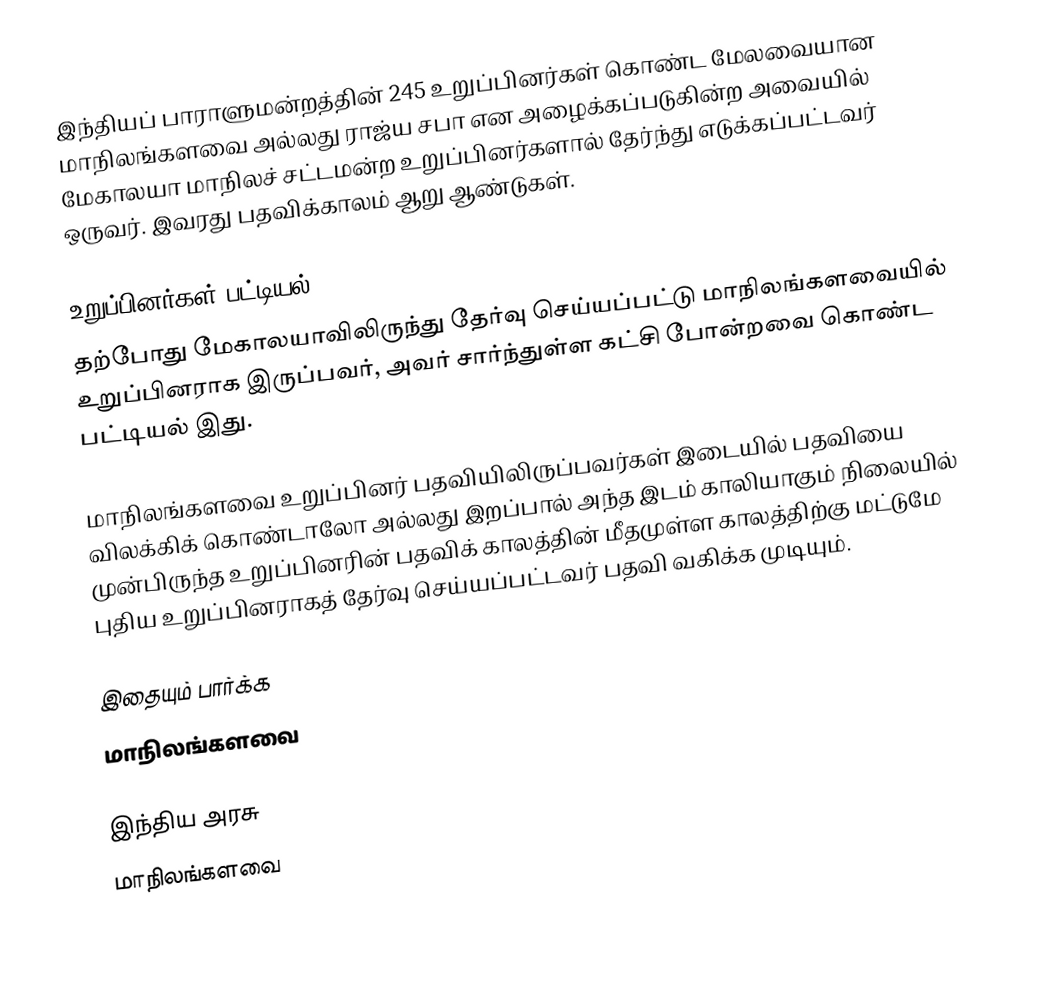
இந்தியப் பாராளுமன்றத்தின் 245 உறுப்பினர்கள் கொண்ட மேலவையான மாநிலங்களவை அல்லது ராஜ்ய சபா  என அழைக்கப்படுகின்ற அவையில் மேகாலயா மாநிலச் சட்டமன்ற உறுப்பினர்களால் தேர்ந்து எடுக்கப்பட்டவர் ஒருவர். இவரது பதவிக்காலம் ஆறு ஆண்டுகள்.

உறுப்பினர்கள் பட்டியல்
தற்போது மேகாலயாவிலிருந்து தேர்வு செய்யப்பட்டு மாநிலங்களவையில் உறுப்பினராக இருப்பவர், அவர் சார்ந்துள்ள கட்சி போன்றவை கொண்ட பட்டியல் இது.

 மாநிலங்களவை உறுப்பினர் பதவியிலிருப்பவர்கள் இடையில் பதவியை விலக்கிக் கொண்டாலோ அல்லது இறப்பால் அந்த இடம் காலியாகும் நிலையில் முன்பிருந்த உறுப்பினரின் பதவிக் காலத்தின் மீதமுள்ள காலத்திற்கு மட்டுமே புதிய உறுப்பினராகத் தேர்வு செய்யப்பட்டவர் பதவி வகிக்க முடியும்.

இதையும் பார்க்க
மாநிலங்களவை

இந்திய அரசு
மாநிலங்களவை